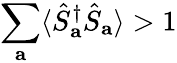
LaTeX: \sum_{\mathbf{a}}\langle\hat{S}_{\mathbf{a}}^{\dagger}\hat{S}_{\mathbf{a}}\rangle>1